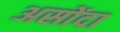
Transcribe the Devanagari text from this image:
असोंदा